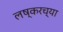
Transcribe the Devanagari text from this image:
लष्करच्या